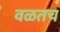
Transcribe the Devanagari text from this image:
वळतच